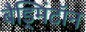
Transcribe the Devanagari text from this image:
बैड्मिंटॉन